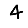
Digit: 4